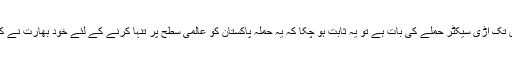
جہاں تک اڑی سیکٹر حملے کی بات ہے تو یہ ثابت ہو چکا کہ یہ حملہ پاکستان کو عالمی سطح پر تنہا کرنے کے لئے خود بھارت نے کرایا۔